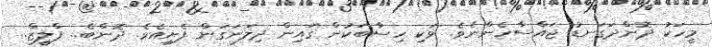
މީހަކު ދޮންދަގަނޑު ޖައްސާހެންނެވެ. ވަކި ހިސާބަކުން ގައިން ދިލަނަގަން ފެށިއެވެ. ދޮންބެ.. ޕްލީޒް..